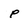
Character: p